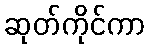
ဆုတ်ကိုင်ကာ